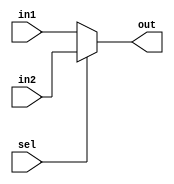
module mux2to1(in1, in2, sel, out);
    parameter DATA_WIDTH = 4; 
    input [DATA_WIDTH-1:0] in1, in2;
    input sel;
    output [DATA_WIDTH-1:0] out;

    assign out = (!sel) ? in1 : in2;
endmodule